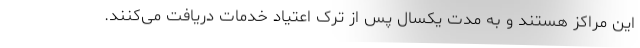
این مراکز هستند و به مدت یکسال پس از ترک اعتیاد خدمات دریافت می‌کنند.